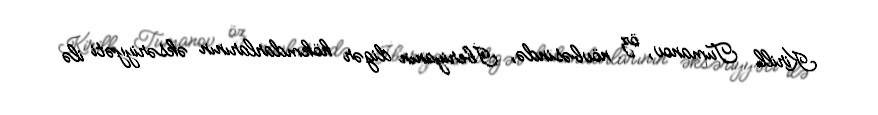
Kirill Tumanov, öz növbəsində, İberiyanın digər hökmdarlarının əksəriyyəti ilə